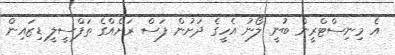
އެ މިނިސްޓްރީން ބުނީ ލޯނު އެހީގެ ދަށުން ފަސް ރަށެއްގެ ތަފްސީލީ ޑިޒައިން